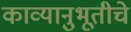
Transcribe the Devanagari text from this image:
काव्यानुभूतीचे